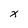
Character: x